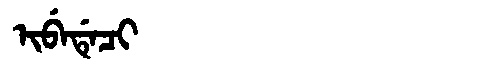
Manchu: ᡳᠪᡝᡩᡝᠴᡳ
Romanization: IBEDECI